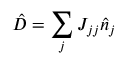
\hat { D } = \sum _ { j } J _ { j j } \hat { n } _ { j }